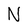
Character: N